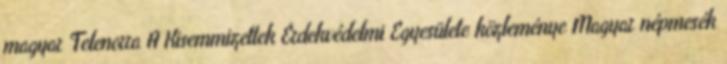
magyar Telenorra A Kisemmizettek Érdekvédelmi Egyesülete közleménye Magyar népmesék